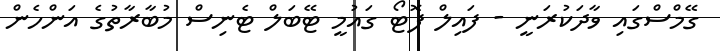
ގޭމްސްގައި ވާދަކުރަނީ - ފައިލް ފޮޓޯ ގައުމީ ޓޭބަލް ޓެނިސް މުބާރާތުގެ އަންހެން